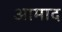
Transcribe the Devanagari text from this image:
आमाद